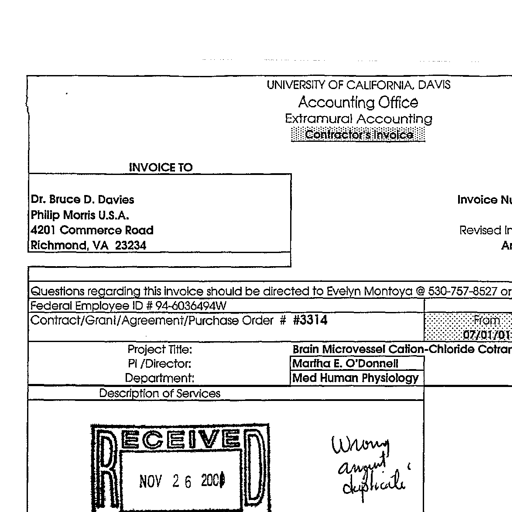
Transcript:
UNIVERSITY OF CALIFORNIA, DAVIS
Accounting Office
Extramural Accounting
Contractor's Invoice
INVOICE TO
Dr. Bruce D. Davies
Philip Morris U.S.A.
4201 Commerce Road
Richmond, VA 23234
Invoice Nu
Revised In
Ar
Questions regarding this invoice should be directed to Evelyn Montoya @ 530-757-8527 or
Federal Employee ID # 94-6036494W
Contract/Grant/Agreement/Purchase Order # #3314
From
07/01/01
Project Title:
Brain Microvessel Cation-Chloride Cotrar
PI /Director:
Martha E. O'Donnell
Department:
Med Human Physiology
Description of Services
RECEIVED
NOV 26 2001
Wrong
amount
duplicate